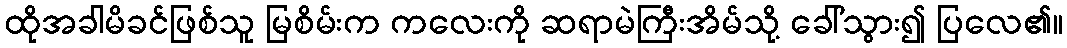
ထိုအခါမိခင်ဖြစ်သူ မြစိမ်းက ကလေးကို ဆရာမဲကြီးအိမ်သို့ ခေါ်သွား၍ ပြလေ၏။